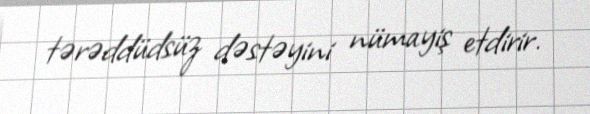
tərəddüdsüz dəstəyini nümayiş etdirir.